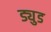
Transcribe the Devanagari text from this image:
ड्युड